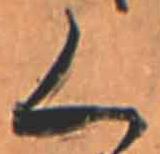
く